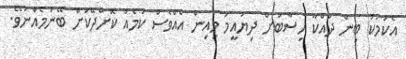
އެކަމަކު ބިން ދައްކާ ހިސާބަށް ދިޔައީމަ މިއިން އެއްވެސް ކަމެއް ކޮށްދޭކަށް ބޭނުމެއްނުވޭ.